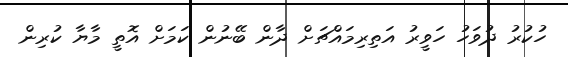
ހުކުރު ދުވަހު ހަވީރު އަތިރިމައްޗަށް ދާން ބޭނުން ކަމަށް އޮތީ މާޔާ ކުރިން